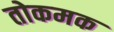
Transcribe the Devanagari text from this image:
तोकमक